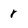
Character: r